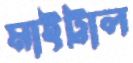
মাইট্রাল